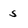
Character: S